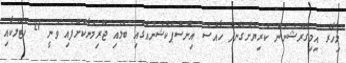
މިހާރު އިމިގްރޭޝަނުން ކުރިޔަށްގެންދާ ހާއްސަ އިންސްޕެކްޝަނެއްގައި ބަލައި ޖޫރިމަނާކޮށްފައި ވަނީ 27 ހޮޓަލަކާއި